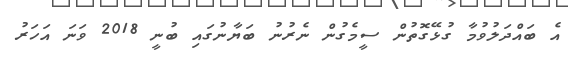
އެ ބައްދަލުވުމާ ގުޅޭގޮތުން ސީމެގުން ނެރުނު ބަޔާނުގައި ބުނީ 2018 ވަނަ އަހަރު